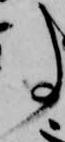
事